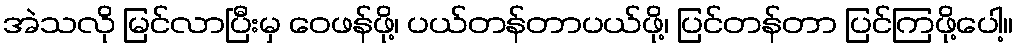
အဲသလို မြင်လာပြီးမှ ဝေဖန်ဖို့၊ ပယ်တန်တာပယ်ဖို့၊ ပြင်တန်တာ ပြင်ကြဖို့ပေါ့။